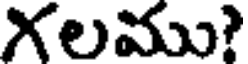
గలము?